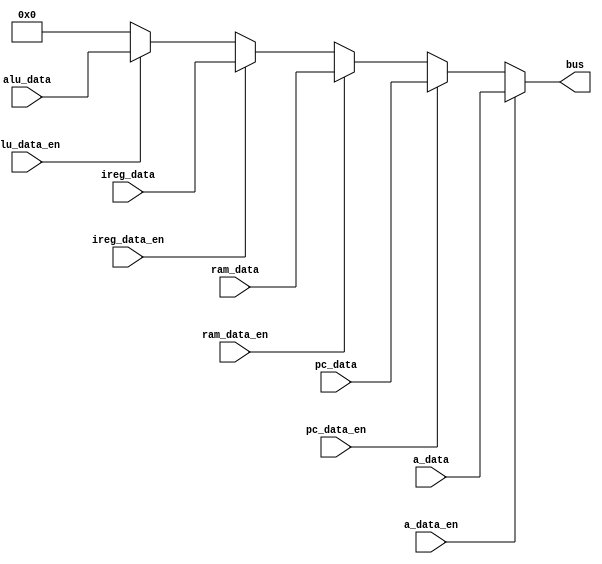
module bus_multiplexer (input [7:0] a_data,
                        input        a_data_en,
                        input [7:0]  pc_data,
                        input        pc_data_en,
                        input [7:0]  ram_data,
                        input        ram_data_en,
                        input [7:0]  ireg_data,
                        input        ireg_data_en,
                        input [7:0]  alu_data,
                        input        alu_data_en,
                        output [7:0] bus
                        );

   assign bus = a_data_en ? a_data :
                pc_data_en ? pc_data :
                ram_data_en ? ram_data :
                ireg_data_en ? ireg_data :
                alu_data_en ? alu_data :
                8'b0;

endmodule